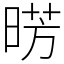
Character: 𣇷